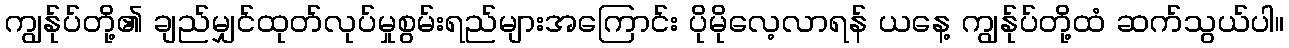
ကျွန်ုပ်တို့၏ ချည်မျှင်ထုတ်လုပ်မှုစွမ်းရည်များအကြောင်း ပိုမိုလေ့လာရန် ယနေ့ ကျွန်ုပ်တို့ထံ ဆက်သွယ်ပါ။